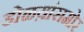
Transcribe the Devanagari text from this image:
डोळय़ांसमोर